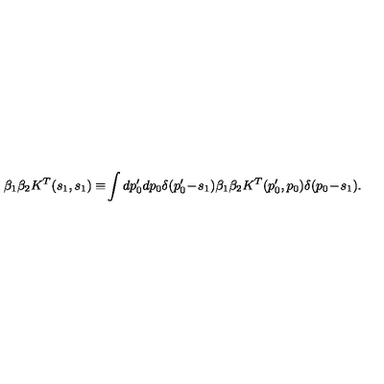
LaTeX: \beta _ { 1 } \beta _ { 2 } K ^ { T } ( s _ { 1 } , s _ { 1 } ) \equiv \! \int d p _ { 0 } ^ { \prime } d p _ { 0 } \delta ( p _ { 0 } ^ { \prime } \! - \! s _ { 1 } ) \beta _ { 1 } \beta _ { 2 } K ^ { T } ( p _ { 0 } ^ { \prime } , p _ { 0 } ) \delta ( p _ { 0 } \! - \! s _ { 1 } ) .